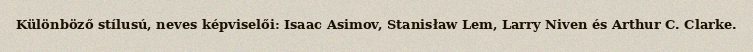
Különböző stílusú, neves képviselői: Isaac Asimov, Stanisław Lem, Larry Niven és Arthur C. Clarke.